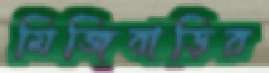
মিজিবাড়ির